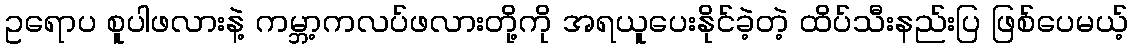
ဥရောပ စူပါဖလားနဲ့ ကမ္ဘာ့ကလပ်ဖလားတို့ကို အရယူပေးနိုင်ခဲ့တဲ့ ထိပ်သီးနည်းပြ ဖြစ်ပေမယ့်